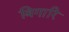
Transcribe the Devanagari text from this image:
बिगारि